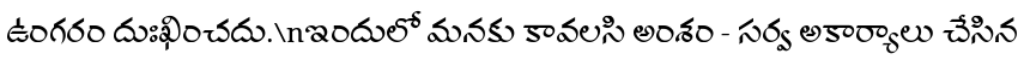
ఉంగరం దుఃఖించదు.\nఇందులో మనకు కావలసి అంశం - సర్వ అకార్యాలు చేసిన